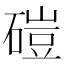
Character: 磑